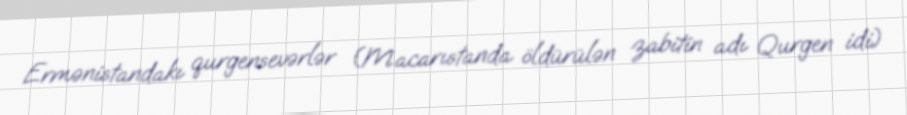
Ermənistandakı qurgensevərlər (Macarıstanda öldürülən zabitin adı Qurgen idi)